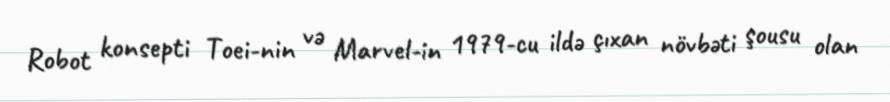
Robot konsepti Toei-nin və Marvel-in 1979-cu ildə çıxan növbəti şousu olan